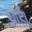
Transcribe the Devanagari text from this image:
आर्ई।